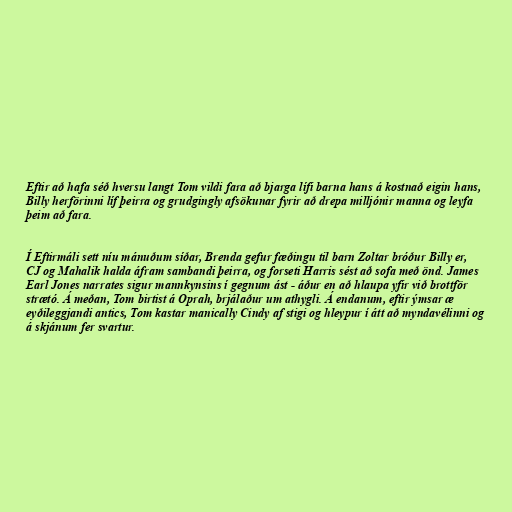
Eftir að hafa séð hversu langt Tom vildi fara að bjarga lífi barna hans á kostnað eigin hans,
Billy herförinni líf þeirra og grudgingly afsökunar fyrir að drepa milljónir manna og leyfa
þeim að fara.

Í Eftirmáli sett níu mánuðum síðar, Brenda gefur fæðingu til barn Zoltar bróður Billy er,
CJ og Mahalik halda áfram sambandi þeirra, og forseti Harris sést að sofa með önd. James
Earl Jones narrates sigur mannkynsins í gegnum ást - áður en að hlaupa yfir við brottför
strætó. Á meðan, Tom birtist á Oprah, brjálaður um athygli. Á endanum, eftir ýmsar æ
eyðileggjandi antics, Tom kastar manically Cindy af stigi og hleypur í átt að myndavélinni og
á skjánum fer svartur.